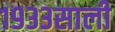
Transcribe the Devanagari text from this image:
१९३३साली